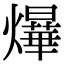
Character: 𤒹